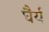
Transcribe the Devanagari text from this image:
घैर्य